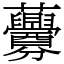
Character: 虋